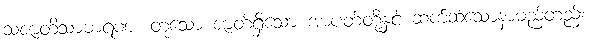
သဇာတိသာဓာရဏံ၊ တူသော ဇာတ်ရှိသော အာပတ်တို့နှင့် ဆက်ဆံသောနာမည်တည်း။